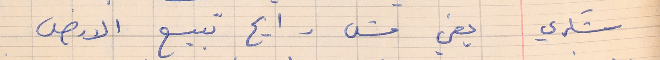
شكري    يعني مش رايح تبيع الارض